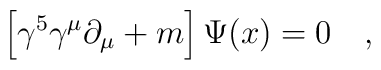
\left [\gamma^5 \gamma^\mu \partial_\mu +m \right ]\Psi (x) = 0\quad,